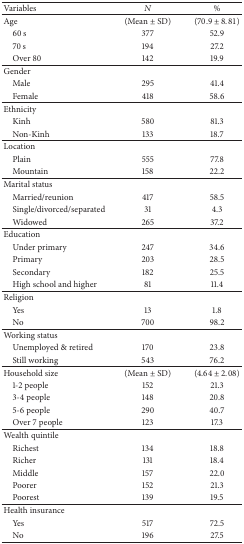
<table><thead><tr><td><b>Variables</b></td><td><b><i>N</i></b></td><td><b>%</b></td></tr></thead><tbody><tr><td>Age</td><td>(Mean ± SD)</td><td>(70.9 ± 8.81)</td></tr><tr><td> 60 s</td><td>377</td><td>52.9</td></tr><tr><td> 70 s</td><td>194</td><td>27.2</td></tr><tr><td> Over 80</td><td>142</td><td>19.9</td></tr><tr><td>Gender</td><td> </td><td> </td></tr><tr><td> Male</td><td>295</td><td>41.4</td></tr><tr><td> Female</td><td>418</td><td>58.6</td></tr><tr><td>Ethnicity</td><td> </td><td> </td></tr><tr><td> Kinh</td><td>580</td><td>81.3</td></tr><tr><td> Non-Kinh</td><td>133</td><td>18.7</td></tr><tr><td>Location</td><td> </td><td> </td></tr><tr><td> Plain</td><td>555</td><td>77.8</td></tr><tr><td> Mountain</td><td>158</td><td>22.2</td></tr><tr><td>Marital status</td><td> </td><td> </td></tr><tr><td> Married/reunion</td><td>417</td><td>58.5</td></tr><tr><td> Single/divorced/separated</td><td>31</td><td>4.3</td></tr><tr><td> Widowed</td><td>265</td><td>37.2</td></tr><tr><td>Education</td><td> </td><td> </td></tr><tr><td> Under primary</td><td>247</td><td>34.6</td></tr><tr><td> Primary</td><td>203</td><td>28.5</td></tr><tr><td> Secondary</td><td>182</td><td>25.5</td></tr><tr><td> High school and higher</td><td>81</td><td>11.4</td></tr><tr><td>Religion</td><td> </td><td> </td></tr><tr><td> Yes</td><td>13</td><td>1.8</td></tr><tr><td> No</td><td>700</td><td>98.2</td></tr><tr><td>Working status</td><td> </td><td> </td></tr><tr><td> Unemployed &amp; retired</td><td>170</td><td>23.8</td></tr><tr><td> Still working</td><td>543</td><td>76.2</td></tr><tr><td>Household size</td><td>(Mean ± SD)</td><td>(4.64 ± 2.08)</td></tr><tr><td> 1-2 people</td><td>152</td><td>21.3</td></tr><tr><td> 3-4 people</td><td>148</td><td>20.8</td></tr><tr><td> 5-6 people</td><td>290</td><td>40.7</td></tr><tr><td> Over 7 people</td><td>123</td><td>17.3</td></tr><tr><td>Wealth quintile</td><td> </td><td> </td></tr><tr><td> Richest</td><td>134</td><td>18.8</td></tr><tr><td> Richer</td><td>131</td><td>18.4</td></tr><tr><td> Middle</td><td>157</td><td>22.0</td></tr><tr><td> Poorer</td><td>152</td><td>21.3</td></tr><tr><td> Poorest</td><td>139</td><td>19.5</td></tr><tr><td>Health insurance</td><td> </td><td> </td></tr><tr><td> Yes</td><td>517</td><td>72.5</td></tr><tr><td> No</td><td>196</td><td>27.5</td></tr></tbody></table>